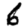
Digit: 6